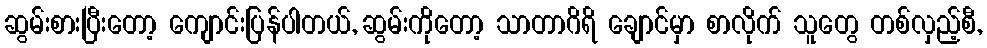
ဆွမ်းစားပြီးတော့ ကျောင်းပြန်ပါတယ်, ဆွမ်းကိုတော့ သာတာဂိရိ ချောင်မှာ စာလိုက် သူတွေ တစ်လှည့်စီ,